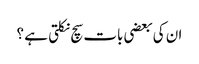
ان کی بعضی بات سچ نکلتی ہے ؟